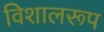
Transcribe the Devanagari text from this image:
विशालरूप